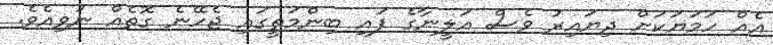
އެއް ހަމަޔަކަށް ދިޔައިރު ވެސް އަލީނާގެ ފައި ބިންމަތީގައި ޖެހޭނެ ގޮތެއް ނުވިއެވެ.